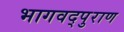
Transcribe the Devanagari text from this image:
भागवद्पुराण